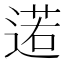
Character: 逽